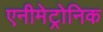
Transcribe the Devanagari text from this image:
एनीमेट्रोनिक